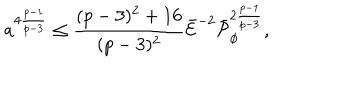
a ^ { 4 { \frac { p - 1 } { p - 3 } } } \leq { \frac { ( p - 3 ) ^ { 2 } + 1 6 } { ( p - 3 ) ^ { 2 } } } \bar { \cal E } ^ { - 2 } \bar { \cal P } _ { \phi } ^ { 2 { \frac { p - 1 } { p - 3 } } } ,